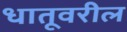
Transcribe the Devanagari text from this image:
धातूवरील